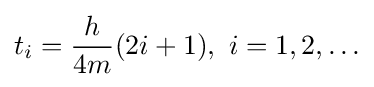
t_{i}={\frac {h}{4m}}(2i+1),\ i=1,2,\ldots